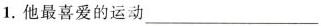
1.他最喜爱的运动___